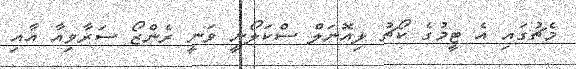
މެޗުގައި އެ ޓީމުގެ ކޯޗު ލިއޮނަލް ސްކަލޯނީ ވަނީ ރެންޒޯ ސަރާވިއާ އާއި